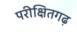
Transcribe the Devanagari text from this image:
परीक्षितगढ़